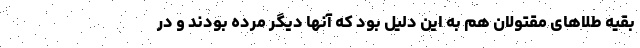
بقیه طلاهای مقتولان هم به این دلیل بود که آنها دیگر مرده بودند و در